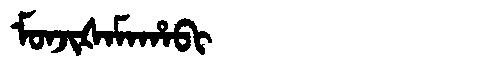
Manchu: ᠮᠣᠨᠵᡳᡧᠠᠮᠠᡥᠠᠪᡳ
Romanization: MONJIŠAMAHABI